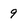
Character: 9